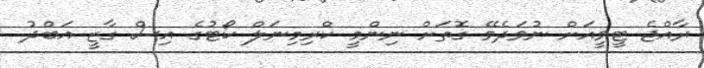
ރާއްޖެ ޓީވީއަށް ނުވަދެވޭ ގޮތަށް ނިންމީ ކްރިމިނަލް ކޯޓުގެ އިސް ގާޒީ އަބްދު